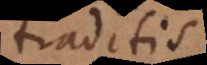
traditis